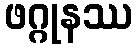
ဖဂ္ဂုနဿ